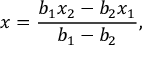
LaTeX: x = { \frac { b _ { 1 } x _ { 2 } - b _ { 2 } x _ { 1 } } { b _ { 1 } - b _ { 2 } } } ,